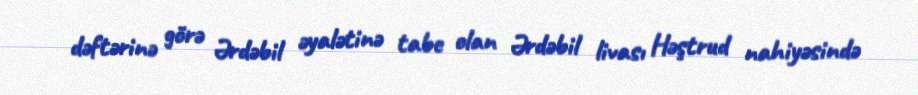
dəftərinə görə Ərdəbil əyalətinə tabe olan Ərdəbil livası Həştrud nahiyəsində